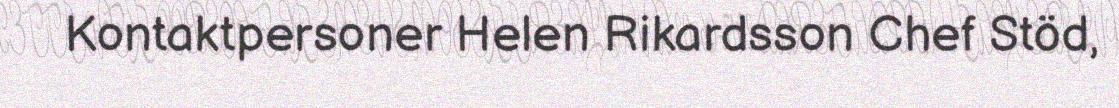
Kontaktpersoner Helen Rikardsson Chef Stöd,